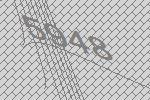
5948